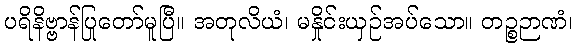
ပရိနိဗ္ဗာန်ပြုတော်မူပြီ။ အတုလိယံ၊ မနှိုင်းယှဉ်အပ်သော။ တဉ္စဉာဏံ၊